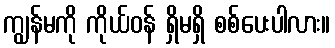
ကျွန်မကို ကိုယ်ဝန် ရှိမရှိ စစ်ပေးပါလား။